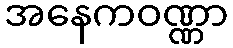
အနေကဝဏ္ဏာ